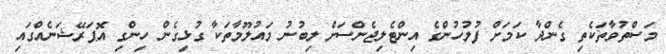
މަސްތުވާތަކެތި ގެންދާ ކަމަށް ފުލުހުންގެ އިންޓެލިޖެންސަށް ލިބުނު މައުލޫމާތަކާ ގުޅިގެން ހިންގި އޮޕަރޭޝަނެއްގައި